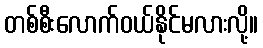
တစ်စီးလောက်ဝယ်နိုင်မလားလို့။